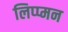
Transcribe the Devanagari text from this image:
लिप्प्मन